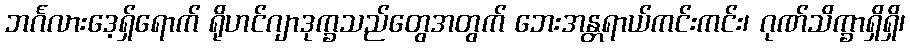
ဘင်္ဂလားဒေ့ရှ်ရောက် ရိုဟင်ဂျာဒုက္ခသည်တွေအတွက် ဘေးအန္တရာယ်ကင်းကင်း၊ ဂုဏ်သိက္ခာရှိရှိ၊